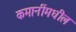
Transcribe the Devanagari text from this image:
कमानींमधील